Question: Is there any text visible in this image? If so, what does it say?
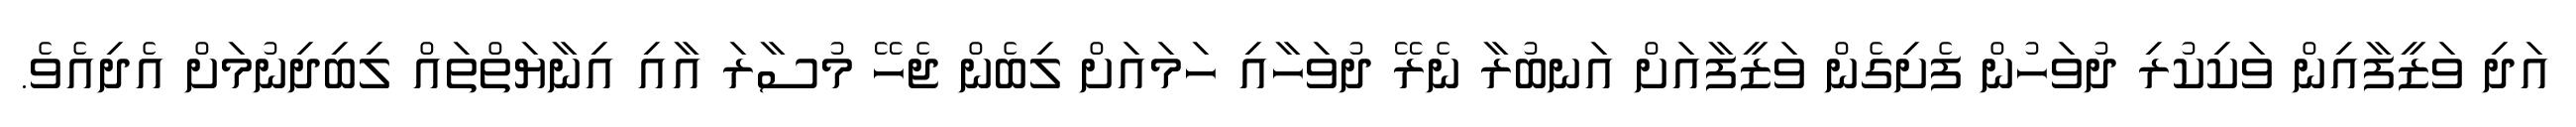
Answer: އަދި ވަޒީފާއިން ވަކިކުރި ދުވަހުން ފެށިގެން ވަޒީފާއަށް އަނބުރާ ނެރޭ ދުވަހާއި ހަމައަށް ލިބެން ޖެހޭ މުސާރަ އާއި އިނާޔަތްތައް ލިބިދިނުމަށް އެދިއެވެ.